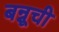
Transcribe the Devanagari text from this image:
बन्नूची